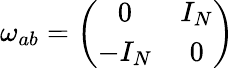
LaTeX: \omega_{ab}=\left(\begin{array}{cc}{{0}}&{{I_{N}}}\\ {{-I_{N}}}&{{0}}\end{array}\right)